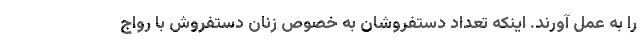
را به عمل آورند. اینکه تعداد دستفروشان به خصوص زنان دستفروش با رواج